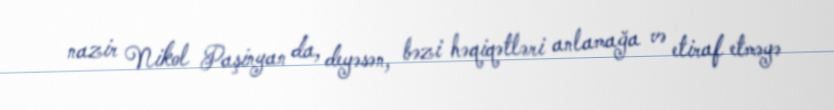
nazir Nikol Paşinyan da, deyəsən, bəzi həqiqətləri anlamağa və etiraf etməyə